Vaccination United Provinces of Agra and Oudh 1914-1922 - 1914-1922
Year: 1914
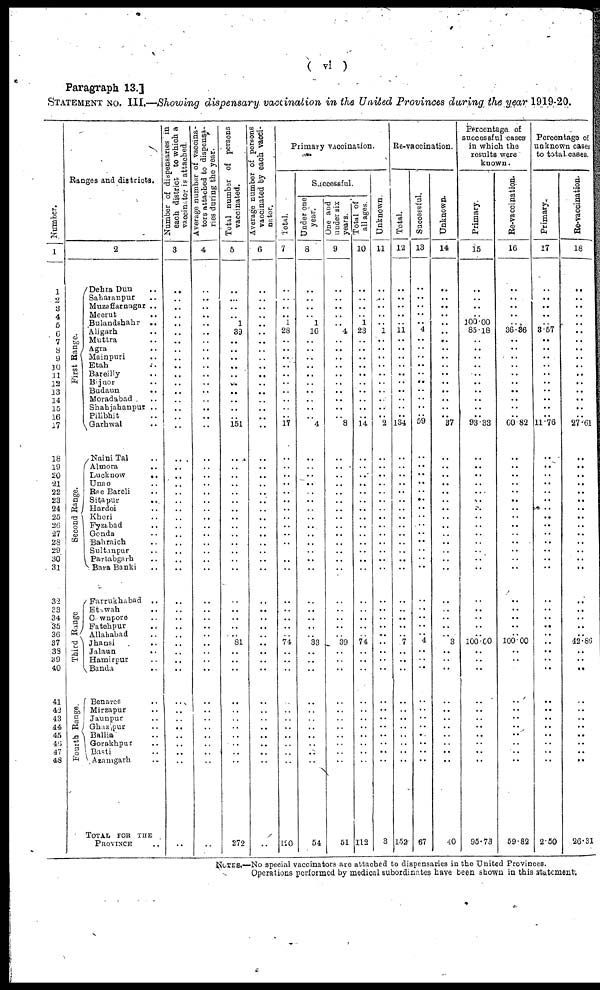
( vi )
Paragraph 13.]
STATEMENT No. III.—Showing dispensary vaccination in the United Provinces during the year 1919-20.
Number.
1
1
2
3
4
5
6
7
8
9
10
11
12
13
14
15
16
17
18
19
20
21
22
23
24
25
26
26
29
29
30
31
32
33
34
35
36
37
39
39
40
41
42
43
44
45
46
47
48
Ranges and districts.
2
First Range.
Second Range.
Third Range
Fourth Range.
Dehra Dun ..
Sahajanpur ..
Muzaffarnagar ..
Meerut
..
Bulandshahr
..
Aligarh ..
Muttra ..
Agra ..
Mainpuri ..
Etah ..
Bareilly ..
Bijnor ..
Budaun ..
Moradabad ..
Shahjahanpur ..
Pilibhit ..
Garhwal ..
Naini Tal ..
Almora ..
Lucknow
..
Unao ..
Rae Bareli ..
Sitapur
..
Hordoi ..
Kheri ..
Fyzabad ..
Gonda ..
Bahraich ..
Sultanpur ..
Partabgarh ..
Bara Banki ..
Farrukhabad
..
Etawah ..
Cawnpore
Fatehpur ..
Allahabad ..
Jhansi ..
Jalaun ..
Hamirpur ..
Banda ..
Benares ..
Mirzapur ..
Jaunpur ..
Ghazipur ..
Ballia ..
Gorakhpur ..
Basti ..
Azamgarh ..
TOTAL FOR THE
PROVINCE ..
Number of dispensaries in
each district to which a
vaccinator is attached.
3
..
..
..
..
..
..
..
..
..
..
..
..
..
..
..
..
..
..
..
..
..
..
..
..
..
..
..
..
..
..
..
..
..
..
..
..
..
..
..
..
..
..
..
..
..
..
..
..
..
Average number of vaccina¬
tors Attached to dispensa¬
ries during the year.
4
..
..
..
..
..
..
..
..
..
..
..
..
..
..
..
..
..
..
..
..
..
..
..
..
..
..
..
..
..
..
..
..
..
..
..
..
..
..
..
..
..
..
..
..
..
..
..
..
..
Total number of persons
vaccinated.
5
..
..
..
..
1
39
..
..
..
..
..
..
..
..
..
..
151
..
..
..
..
..
..
..
..
..
..
..
..
..
..
..
..
..
..
.. 81
..
..
..
..
..
..
..
..
..
..
..
272
Average number of persons
vaccinated by each vacci¬
nator.
6
..
..
..
..
..
..
..
..
..
..
..
..
..
..
..
..
..
..
..
..
..
..
..
..
..
..
..
..
..
..
..
..
..
..
..
..
..
..
..
..
..
..
..
..
..
..
..
..
..
Primary vaccination.
Total.
7
..
..
..
.. 1
28
..
..
..
..
..
..
..
..
..
..
17
..
..
..
..
..
..
..
..
..
..
..
..
..
..
..
..
..
..
..
74
..
..
..
..
..
..
..
..
..
..
..
110
Successful.
Under one
year.
8
..
..
..
..
1
16
..
..
..
..
..
..
..
..
..
..
4
..
..
..
..
..
..
..
..
..
..
..
..
..
..
..
..
..
..
..
33
..
..
..
..
..
..
..
..
..
..
..
54
One and
under six
years.
9
..
..
..
..
..
4
..
..
..
..
..
..
..
..
..
..
8
..
..
..
..
..
..
..
..
..
..
..
..
..
..
..
..
..
..
..
39
..
..
..
..
..
..
..
..
..
..
..
51
Total of
all ages
10
..
..
..
..
1
23
..
..
..
..
..
..
..
..
..
..
14
..
..
..
..
..
..
..
..
..
..
..
..
..
..
..
..
..
..
..
74
..
..
..
..
..
..
..
..
..
..
..
113
Unknown
11
..
..
..
..
..
1
..
..
..
..
..
..
..
..
..
.. 2
..
..
..
..
..
..
..
..
..
..
..
..
..
..
..
..
..
..
..
..
..
..
..
..
..
..
..
..
..
..
..
3
Re-vaccination.
Total.
12
..
..
..
..
..
11
..
..
..
..
..
..
..
..
..
..
134
..
..
..
..
..
..
..
..
..
..
..
..
..
..
..
..
..
..
.. 7
..
..
..
..
..
..
..
..
..
..
..
152
Successful.
13
..
..
..
..
..
4
..
..
..
..
..
..
..
..
..
..
59
..
..
..
..
..
..
..
..
..
..
..
..
..
..
..
..
..
..
..
4
..
..
..
..
..
..
..
..
..
..
..
67
Unknown.
14
..
..
..
..
..
..
..
..
..
..
..
..
..
..
..
..
37
..
..
..
..
..
..
..
..
..
..
..
..
..
..
..
..
..
..
.. 3
..
..
..
..
..
..
..
..
..
..
..
40
Percentage of
successful cases
in which the
results were
known.
Primary
15
..
..
..
..
100.00
85.18
..
..
..
..
..
..
..
..
..
..
93.33
..
..
..
..
..
..
..
..
..
..
..
..
..
..
..
..
..
..
..
100.00
..
..
..
..
..
..
..
..
..
..
..
95.73
Re-vaccination.
16
..
..
..
..
..
36.36
..
..
..
..
..
..
..
..
..
..
60.82
..
..
..
..
..
..
..
..
..
..
..
..
..
..
..
..
..
..
..
100.00
..
..
..
..
..
..
..
..
..
..
..
59.82
Percentage of
unknown cases
to total cases.
Primary.
17
..
..
..
..
..
3.57
..
..
..
..
..
..
..
..
..
..
11.76
..
..
..
..
..
..
..
..
..
..
..
..
..
..
..
..
..
..
..
..
..
..
..
..
..
..
..
..
..
..
..
2.50
Re-vaccination.
18
..
..
..
..
..
..
..
..
..
..
..
..
..
..
..
..
27.61
..
..
..
..
..
..
..
..
..
..
..
..
..
..
..
..
..
..
..
42.85
..
..
..
..
..
..
..
..
..
..
..
26.31
NOTES.—No special vaccinators are attached to dispensaries in the United Provinces.
Operations performed by medical subordinates have teen shown in this statement.